Medical and sanitary report of the native army of Madras for the year
Year: 1872
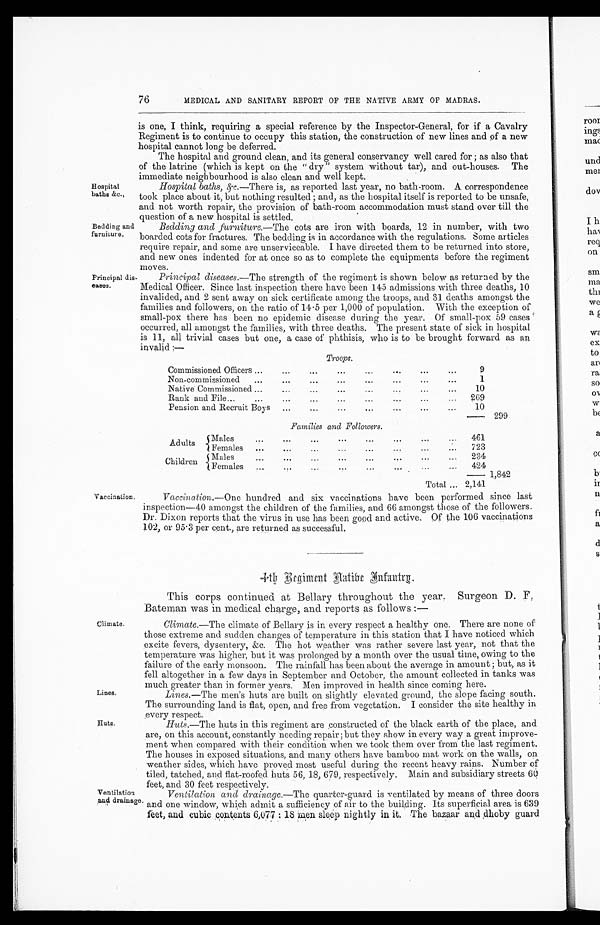
76
MEDICAL AND SANITARY REPORT OF THE NATIVE ARMY OF MADRAS.
Hospital
baths &c.,
Bedding and
furniture.
Principal dis-
cases.
is one, I think, requirin a special reference by the Inspector-General, for if a Cavalry
Regiment is to continue to occupy this station, the construction of new lines and of a new
hospital cannot long be deferred.
The hospital and ground clean, and its general conservancy well cared for ; as also that
of the latrine (which is kept on the " dry " system without tar), and out¬houses. The
immediate neighbourhood is also clean and well kept.
Hospital baths, &c.—There is, as reported last year, no bath-room. A correspondence
took place about it, but nothing resulted ; and, as the hospital itself is reported to be unsafe,
and not worth repair, the provision of bath-room accommodation must stand over till the
question of a new hospital is settled.
Bedding and furniture.— The cots are iron with boards, 12 in number, with two
boarded cots for fractures. The bedding is in accordance with the regulations. Some articles
require repair, and some are unserviceable. I have directed them to be returned into store,
and new ones indented for at once so as to complete the equipments before the regiment
moves.
Principal diseases.— The strength of the regiment is shown below as returned by the
Medical Officer. Since last inspection there have been 145 admissions with three deaths, 10
invalided, and 2 sent away on sick certificate among the troops, and 31 deaths amongst the
families and followers, on the ratio of 14 . 5 per 1,000 of population. With the exception of
small-pox there has been no epidemic disease during the year. Of small-pox 59 cases
occurred, all amongst the families, with three deaths. The present state of sick in hospital
is 11, all trivial cases but one, a case of phthisis, who is to be brought forward as an
invalid :.
Troops.
Commissioned Officers
9
Non-commissioned
1
Native Commissioned
10
Rank and File
269
Pension and Recruit Boys
10
2 9 9
Families and Followers.
Adults
Males
461
F e m a l e
723
Children Males
234
Female
424
1,842
Total
2,141
Vaccination. Vaccination.—One hundred and six vaccinations have been performed since last
inspection— 40 amongst the children of the families, and 66 amongst those of the followers.
Dr. Dixon reports that the virus in use has been good and active. Of the 106 vaccinations
102, or 95 . 3 per cent., are returned as successful.
Climate.
Lines.
Huta.
Ventilation
and drainage
4th Begiment Aatibe Infantry .
This corps continued at Bellary throughout the year. Surgeon D. F.
Bateman was in medical charge, and reports as follows :—
Climate.—The climate of Beliary is in every respect a healthy one. There are none of
those extreme and sudden changes of temperature in this station that I have noticed which
excite fevers, dysentery, &c. The hot weather was rather severe last year, not that the
temperature was higher, but it was prolonged by a month over the usual time, owing to the
failure of the early monsoon. The rainfall has been about the average in amount ; but, as it
fell altogether in a few days in September and October, the amount collected in tanks was
much greater than in former years. Men improved in health since coming here.
Lines.—The men's huts are built on slightly elevated ground, the slope facing south.
The surrounding land is flat, open, and free from vegetation. I consider the site healthy in
every respect.
Huts.—The huts in this regiment are constructed of the black earth of the place, and
are, on this account, constantly needing repair; but they show in every way a great improve-
ment when compared with their condition when we took them over from the last regiment.
The houses in exposed. situations, and many others have bamboo mat, work on the walls, op.
weather sides, which have proved most useful during the recent heavy rains. Number of
tiled, tatched, and flat-roofed huts 56, 18, 679, respectively. Main and subsidiary streets 60
feet, and 30 feet respectively.
Ventilation and drainage.—The quarter-guard is ventilated by means of three doors
and one window, which admit a sufficiency of air to the building. Its superficial area is 639
feet, and cubic contents : 18 men sleep nightly in it. The bazaar and , dhoby guard